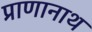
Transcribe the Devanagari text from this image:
प्राणानाथ